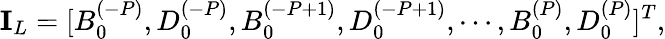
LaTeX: \mathbf{I}_{L}=[B_{0}^{(-P)},D_{0}^{(-P)},B_{0}^{(-P+1)},D_{0}^{(-P+1)},\cdots,B_{0}^{(P)},D_{0}^{(P)}]^{T},